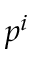
p ^ { i }